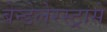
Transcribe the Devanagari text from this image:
बेन्डेलेरस्ट्रासे